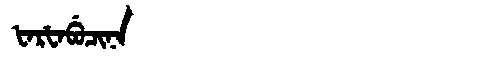
Manchu: ᡶᠠᡵᡶᠠᠪᡠᠴᡳᠨᠠ
Romanization: FARFABUCINA